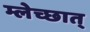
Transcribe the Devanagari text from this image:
म्लेच्छात्